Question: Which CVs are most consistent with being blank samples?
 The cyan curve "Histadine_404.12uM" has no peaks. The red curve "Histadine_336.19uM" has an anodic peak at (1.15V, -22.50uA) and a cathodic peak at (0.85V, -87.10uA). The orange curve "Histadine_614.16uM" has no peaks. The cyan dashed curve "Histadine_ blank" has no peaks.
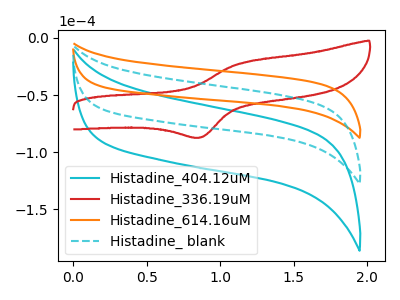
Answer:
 <answer>"Histadine_404.12uM", "Histadine_614.16uM" and "Histadine_ blank" are likely to be blanks.</answer>
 <eval>"Histadine_404.12uM", "Histadine_614.16uM", "Histadine_ blank"</eval>